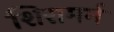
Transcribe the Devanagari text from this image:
शिरामर्म